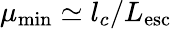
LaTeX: \mu_{\mathrm{min}}\simeq l_{c}/L_{\mathrm{esc}}